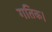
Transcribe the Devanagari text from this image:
गतिक।